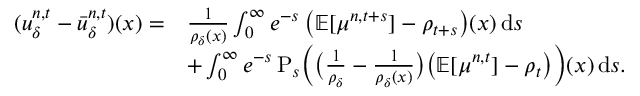
\begin{array} { r l } { ( u _ { \delta } ^ { n , t } - \bar { u } _ { \delta } ^ { n , t } ) ( x ) = } & { \frac 1 { \rho _ { \delta } ( x ) } \int _ { 0 } ^ { \infty } e ^ { - s } \, \big ( \mathbb { E } [ \mu ^ { n , t + s } ] - \rho _ { t + s } \big ) ( x ) \, \mathrm { d } s } \\ & { + \int _ { 0 } ^ { \infty } e ^ { - s } \, \mathrm { P } _ { s } \Big ( \big ( \frac 1 { \rho _ { \delta } } - \frac 1 { \rho _ { \delta } ( x ) } \big ) \big ( \mathbb { E } [ \mu ^ { n , t } ] - \rho _ { t } \big ) \Big ) ( x ) \, \mathrm { d } s . } \end{array}